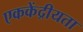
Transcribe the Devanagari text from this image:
एककेंद्रीयता